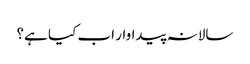
سالانہ پیداوار اب کیا ہے؟